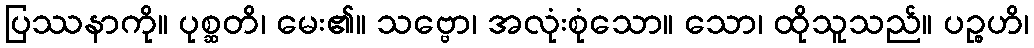
ပြဿနာကို။ ပုစ္ဆတိ၊ မေး၏။ သဗ္ဗော၊ အလုံးစုံသော။ သော၊ ထိုသူသည်။ ပဉ္စဟိ၊